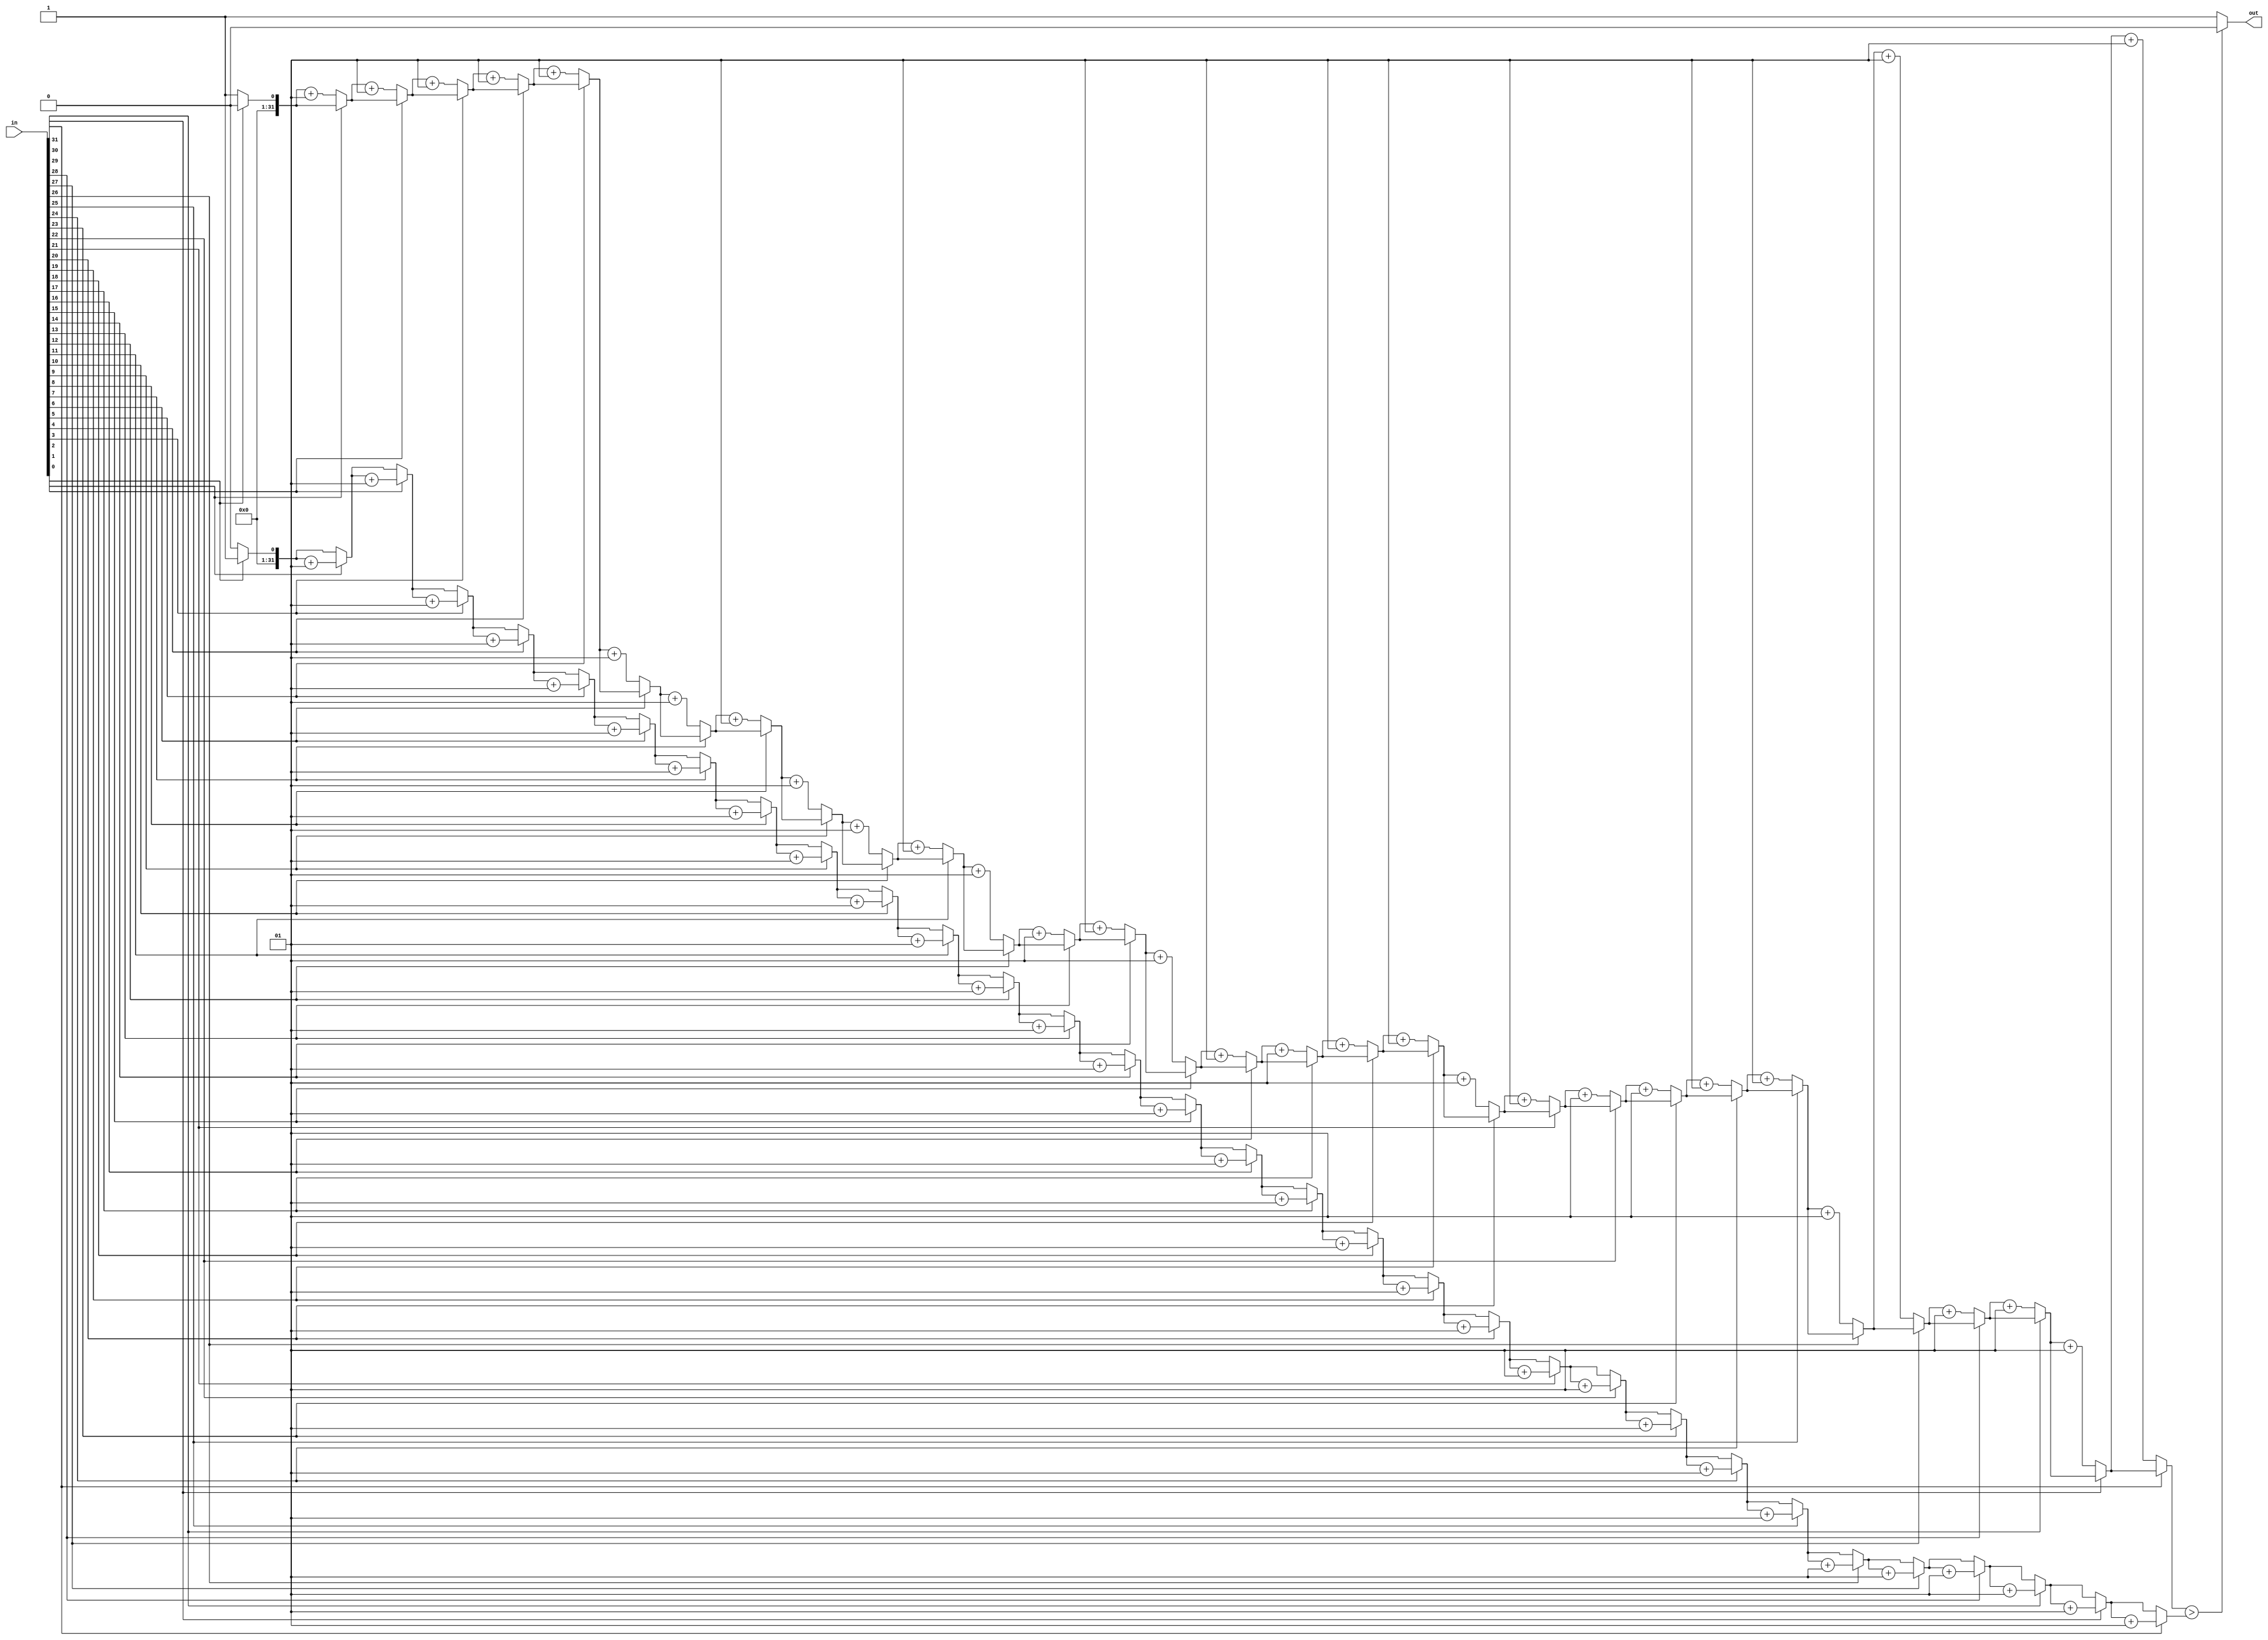

module MAJORITY(
    input wire [31:0] in,
    output reg out
    );
    
    integer i;
    integer count_0, count_1;

    always @(in)
	begin
        //in1 = 8'b00001111;
        count_0=0;
        count_1=0;
	//out = 0;
        for(i = 0;i < 32;i = i + 1) begin
            if(in[i] == 0)
            begin
                count_0=count_0+1;
            end
            else
            begin
                count_1=count_1+1;
            end
        end
        if (count_0>count_1) begin
            out = 0;
        end
        else
        begin
            out = 1;    
        end
    end
endmodule